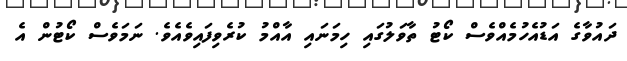
ދައުވާގެ އަޑުއެހުމެއްވެސް ކޯޓު ތާވަލުގައި ހިމަނައި އާއްމު ކުރެވިފައިވެއެވެ. ނަމަވެސް ކޯޓުން އެ